Papers set at the Examination for Leaving Certificates, 1894
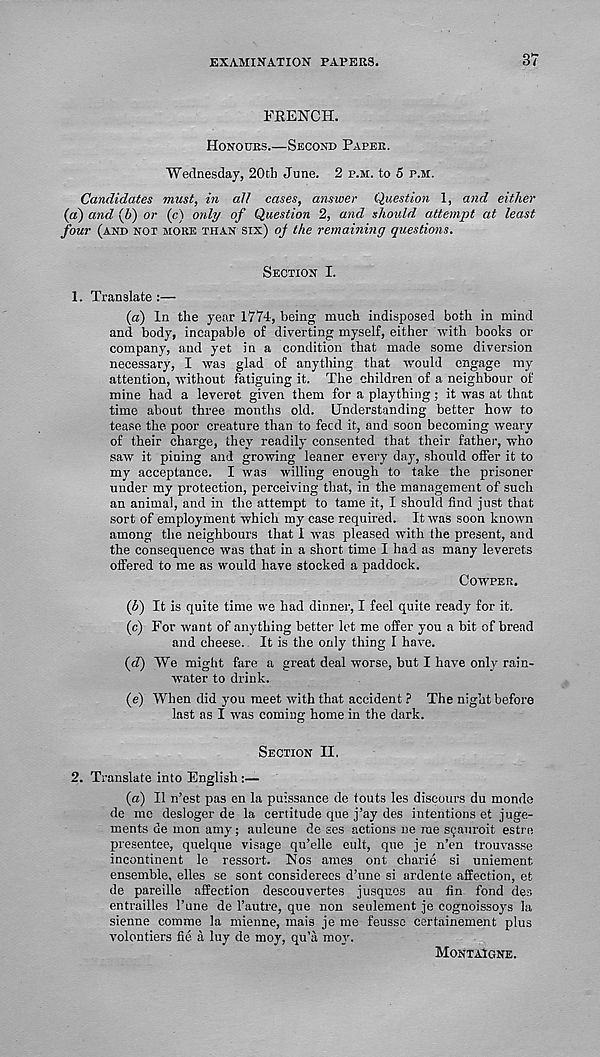
EXAMINATION PAPERS.
37
FRENCH.
Honours.—Second Paper.
"Wednesday, 20th June. 2 p.m. to 5 p.m.
Candidates must, in all cases, answer Question 1, and either
(a) and {h) or (c) only of Question 2, and should attempt at least
four (and not more than six) q/ the remaining questions.
Section I.
1. Translate:—
{a) In the year 1774, being much indisposed both in mind
and body, incapable of diverting myself, either with books or
company, and yet in a condition that made some diversion
necessary, I was glad of anything that would engage my
attention, without fatiguing it. The children of a neighbour of
mine had a leveret given them for a plaything; it was at that
time about three months old. Understanding better how to
tease the poor creature than to feed it, and soon becoming weary
of their charge, they readily consented that their father, who
saw it pining and growing leaner every day, should offer it to
my acceptance. I was willing enough to take the prisoner
under my protection, perceiving that, in the management of such
an animal, and in the attempt to tame it, I should find just that
sort of employment which my case required. It was soon known
among the neighbours that I was pleased with the present, and
the consequence was that in a short time I had as many leverets
offered to me as would have stocked a paddock.
Cowper.
(6) It is quite time we had dinner, I feel quite ready for it.
(c) For want of anything better let me offer you a bit of bread
and cheese. It is the only thing I have.
(d) "We might fare a great deal worse, but I have only rain-
water to drink.
(e) When did you meet with that accident ? The night before
last as I was coming home in the dark.
Section II,
2. Translate into English :—
{a) II n’est pas en la puissance de touts les discours du monde
de me desloger de la certitude que j’ay des intentions et juge-
ments de mon amy; aulcune de ses actions ne me scauroit estre
presentee, quelque visage qu’elle eult, que je n’en trouvasse
incontinent le ressort. Nos ames ont charie si uniement
ensemble, elles se sont considerecs d’une si ardente affection, et
de pareille affection descouvertes jusques au fin fond des
entrailles 1’une de 1’autre, que non seulement je cognoissoys la
sienne comme la mienne, mais je me feusso certainement plus
volontiers fie a luy de moy, qu’a moy.
Montaigne.